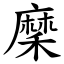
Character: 穈